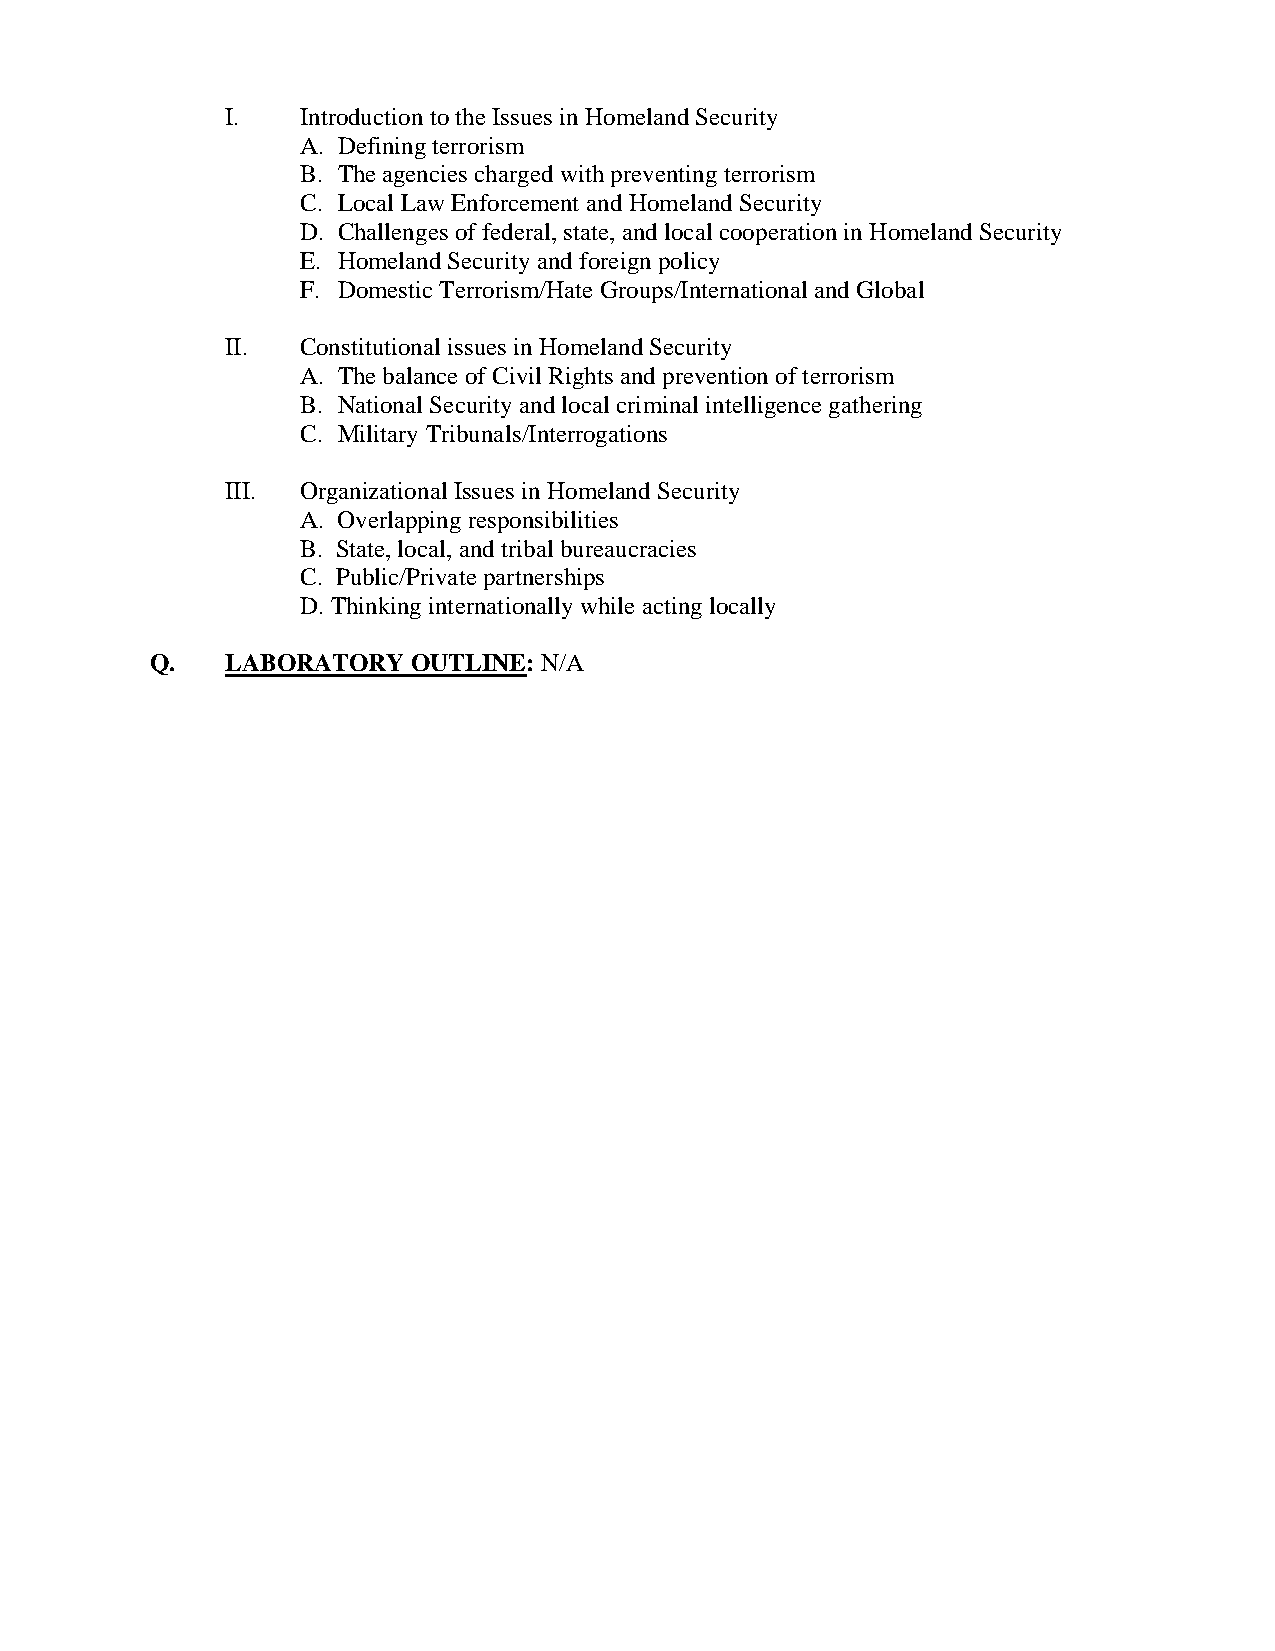
I.   Introduction to the Issues in Homeland Security
 A. Defining terrorism
 B. The agencies charged with preventing terrorism
 C. Local Law Enforcement and Homeland Security
 D. Challenges of federal, state, and local cooperation in Homeland Security
 E. Homeland Security and foreign policy
 F. Domestic Terrorism/Hate Groups/International and Global
 II.  Constitutional issues in Homeland Security
 A. The balance of Civil Rights and prevention of terrorism
 B. National Security and local criminal intelligence gathering
 C. Military Tribunals/Interrogations
 III. Organizational Issues in Homeland Security
 A. Overlapping responsibilities
 B. State, local, and tribal bureaucracies
 C. Public/Private partnerships
 D. Thinking internationally while acting locally
 Q.   LABORATORY  OUTLINE: N/A